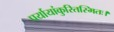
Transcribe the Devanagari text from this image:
पर्यायांकुरितस्मितः।